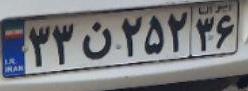
۳۳ن۲۵۲۳۶